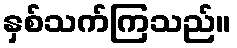
နှစ်သက်ကြသည်။